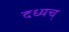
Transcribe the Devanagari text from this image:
दध्यच्